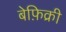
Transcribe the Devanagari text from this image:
बेफ़िक्री